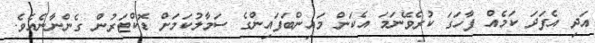
އަދި އެފަދަ ކަމެއް ފާހަގަ ކުރެވޭނަމަ އެކަން މައިންބަފައިންގެ ސަމާލުކަމަށް ޑޮކްޓަރުން ގެންނާނެއެވެ.